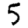
Digit: 5